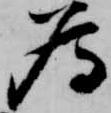
為